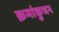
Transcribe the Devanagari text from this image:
क्रमांकुचन